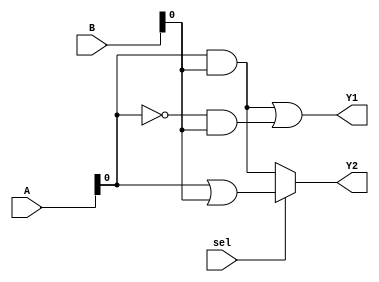
module CLB_Overlap (
    input wire [3:0] A,      // 4-bit input
    input wire [3:0] B,      // 4-bit input
    input wire sel,          // Selection signal for multiplexer
    output wire Y1,          // Output for Function 1
    output wire Y2           // Output for Function 2
);

// Shared logic block
wire common_logic;

// Example of a shared logic expression (A AND B)
assign common_logic = A & B;

// Function 1: Y1 = A AND B OR NOT A AND B
// Function 2: Y2 = A OR B
assign Y1 = (common_logic) | (~A & B);
assign Y2 = sel ? (A | B) : common_logic; // Multiplexer to select output based on sel

endmodule